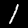
Label: 1